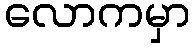
လောကမှာ